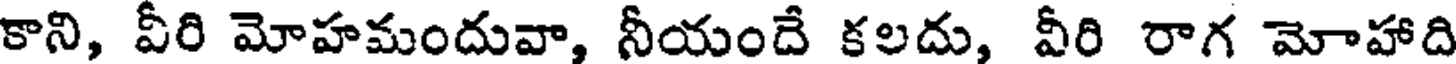
కాని, వీరి మోహమందువా, నీయందే కలదు, వీరి రాగ మోహాది